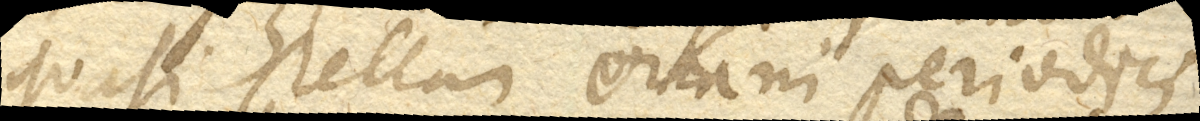
quasi stellam orkani periodici